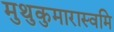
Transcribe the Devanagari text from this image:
मुथुकुमारास्वमि